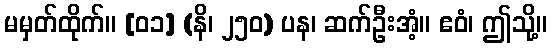
မမှတ်ထိုက်။ [၀၁] (နိ၊ ၂၅၀) ပန၊ ဆက်ဦးအံ့။ ဧဝံ၊ ဤသို့။